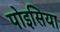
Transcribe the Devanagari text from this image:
पोइसिया